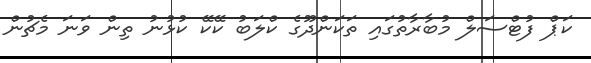
ކަޕް ފުޓްސަލް މުބާރާތުގައި ތަކަންދޫގެ ކްލަބު ކޭކޭ ކުޅުނު ތިން ވަނަ މެޗުން